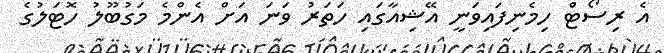
އެ ރިސޯޓް ހިމެނިފައިވަނީ އޭޝިއާގައި ހަތަރު ވަނަ އަށް އެންމެ މަގުބޫލު ހޮޓަލުގެ